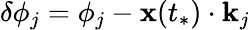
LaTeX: \delta\phi_{j}=\phi_{j}-\mathbf{x}(t_{*})\cdot\mathbf{k}_{j}